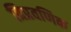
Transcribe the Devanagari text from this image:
त्रिप्रवणिक